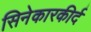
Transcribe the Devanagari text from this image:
सिनेकारकीर्द